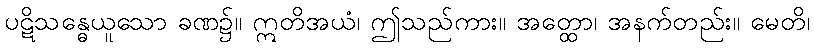
ပဋိသန္ဓေယူသော ခဏ၌။ ဣတိအယံ၊ ဤသည်ကား။ အတ္ထော၊ အနက်တည်း။ မေတိ၊